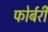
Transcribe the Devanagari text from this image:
फोर्बरी